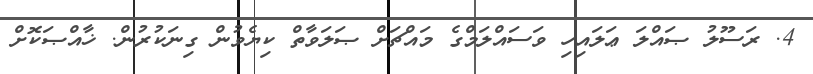
4. ރަސޫލު ޞައްލަ ޢަލައިހި ވަސައްލަމްގެ މައްޗަށް ޞަލަވާތް ކިޔެވުން ގިނަކުރުން. ޚާއްޞަކޮށް